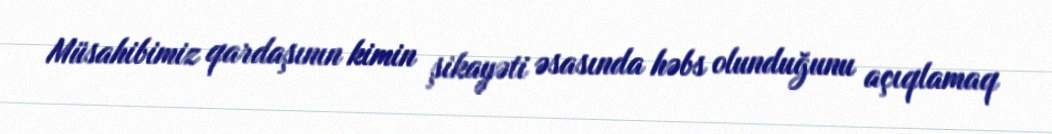
Müsahibimiz qardaşının kimin şikayəti əsasında həbs olunduğunu açıqlamaq